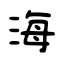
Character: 海